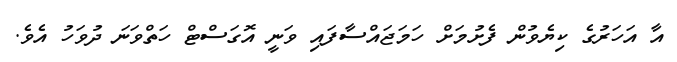
އާ އަހަރުގެ ކިޔެވުން ފެށުމަށް ހަމަޖައްސާފައި ވަނީ އޮގަސްޓް ހަތްވަނަ ދުވަހު އެވެ.